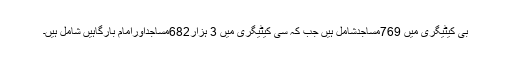
بی کیٹیگری میں 769مساجدشامل ہیں جب کہ سی کیٹیگری میں 3 ہزار682مساجداورامام بارگاہیں شامل ہیں۔